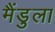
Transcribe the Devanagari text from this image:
मैंडुला